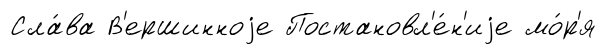
Сла́ва В'ершинноjе Постановл'е́н'иjе мо́р'я